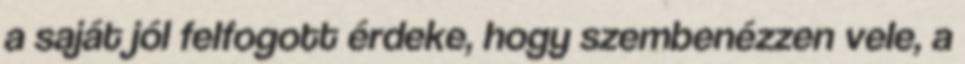
a saját jól felfogott érdeke, hogy szembenézzen vele, a